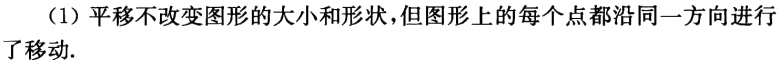
（1）平移不改变图形的大小和形状，但图形上的每个点都沿同一方向进行了移动.